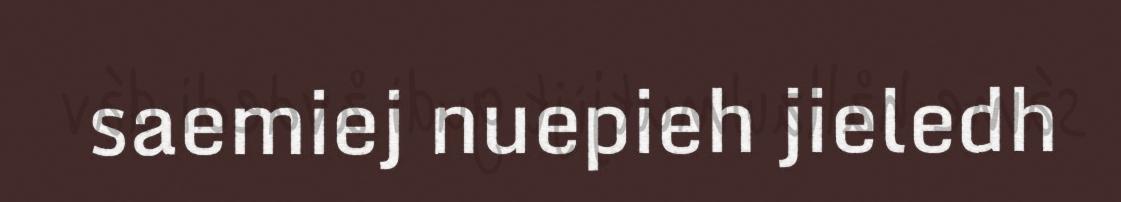
saemiej nuepieh jieledh